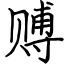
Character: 赙